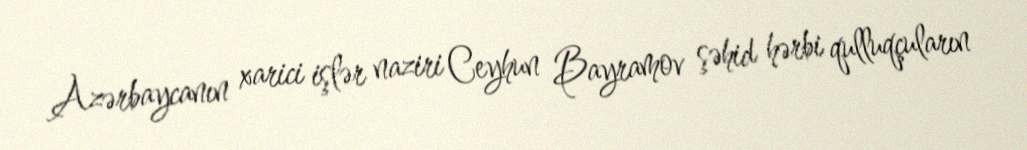
Azərbaycanın xarici işlər naziri Ceyhun Bayramov şəhid hərbi qulluqçuların